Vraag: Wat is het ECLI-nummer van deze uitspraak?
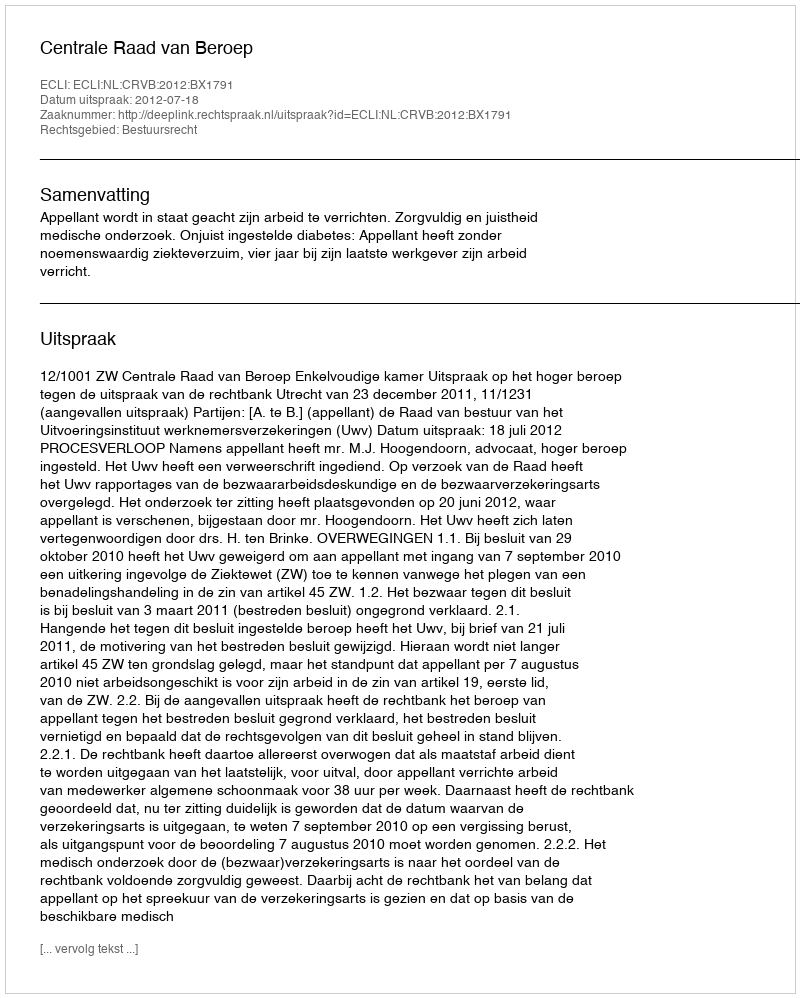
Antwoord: ECLI:NL:CRVB:2012:BX1791